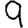
Digit: 9